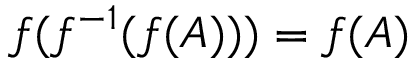
f ( f ^ { - 1 } ( f ( A ) ) ) = f ( A )